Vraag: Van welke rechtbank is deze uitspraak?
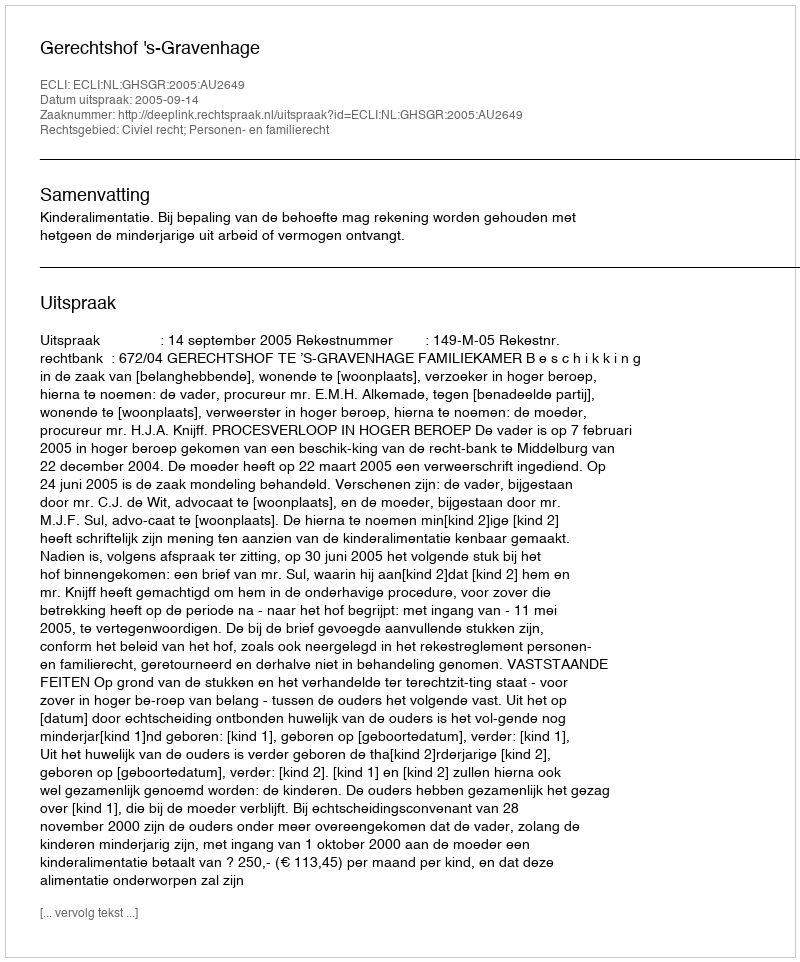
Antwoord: Gerechtshof 's-Gravenhage